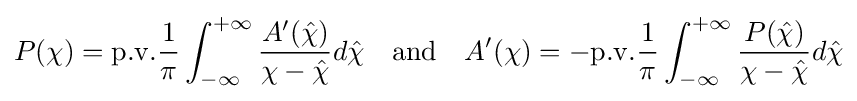
P(\chi )=\mathrm {p.v.} {\frac {1}{\pi }}\int _{-\infty }^{+\infty }{\frac {A'({\hat {\chi }})}{\chi -{\hat {\chi }}}}d{\hat {\chi }}\quad {\text{and}}\quad A'(\chi )=-\mathrm {p.v.} {\frac {1}{\pi }}\int _{-\infty }^{+\infty }{\frac {P({\hat {\chi }})}{\chi -{\hat {\chi }}}}d{\hat {\chi }}